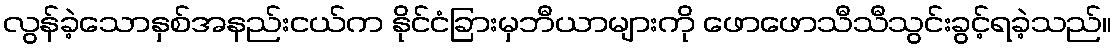
လွန်ခဲ့သောနှစ်အနည်းငယ်က နိုင်ငံခြားမှဘီယာများကို ဖောဖောသီသီသွင်းခွင့်ရခဲ့သည်။